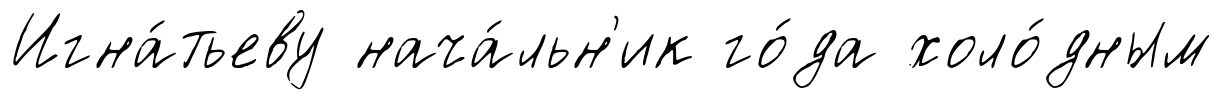
Игна́тьеву нача́льн'ик го́да холо́дным